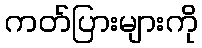
ကတ်ပြားများကို